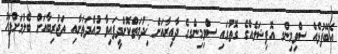
އެބޭފުޅެއް ސްވިމިންގ އޮފިޝަލެއްގެ ގޮތުގައި ސްވިމިންގގެ ދާއިރާއަށް ޚިދުމަތްކޮށްދީފައިވާ މުއްދަތަށާއި ތަޖުރިބާއަށް ބެލުމަށްފަހު